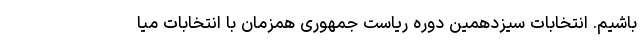
باشیم. انتخابات سیزدهمین دوره ریاست جمهوری همزمان با انتخابات میا